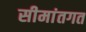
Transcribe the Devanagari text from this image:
सीमांतगत